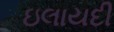
ઇલાયદી